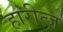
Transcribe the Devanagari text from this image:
हारीत्ज़